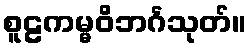
စူဠကမ္မဝိဘင်္ဂသုတ်။